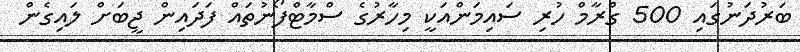
ބަރުދަނުގައި 500 ގްރާމް ހުރި ސައިމަންއަކީ މިހާރުގެ ސްމާޓްފޯނުތައް ފަދައިން ޖީބަށް ލައިގެން